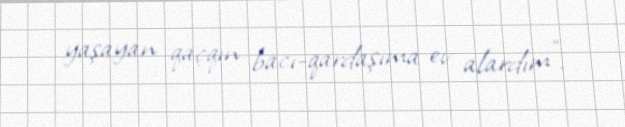
yaşayan qaçqın bacı-qardaşıma ev alardım”.